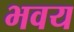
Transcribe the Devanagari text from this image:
भवय